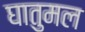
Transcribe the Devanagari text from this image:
घातुमल